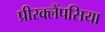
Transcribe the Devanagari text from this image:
प्रीरक्लैंपसिया